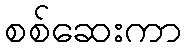
စစ်ဆေးကာ